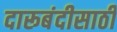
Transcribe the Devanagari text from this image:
दारूबंदीसाठी